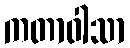
ကတာဝါသာ